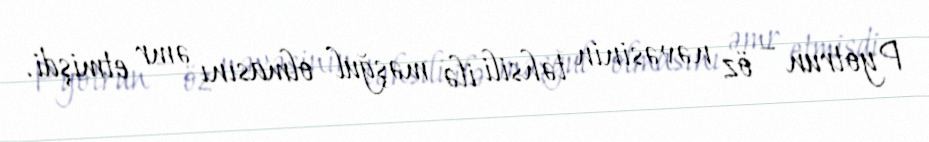
Pyotrun – öz nəvəsinin təhsili ilə məşğul olmasını əmr etmişdi.